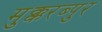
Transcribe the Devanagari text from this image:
मुक्करब्पुर